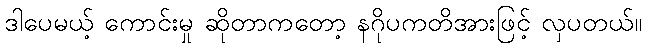
ဒါပေမယ့် ကောင်းမှု ဆိုတာကတော့ နဂိုပကတိအားဖြင့် လှပတယ်။